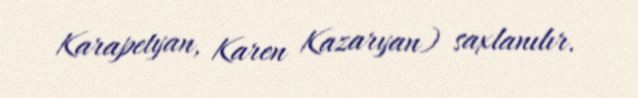
Karapetyan, Karen Kazaryan) saxlanılır.